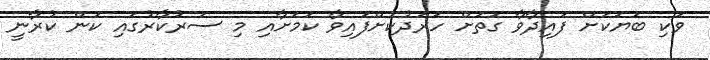
ވަކި ބަޔަކަށް ފައިދާވާ ގޮތަށް ހަރަދުކޮށްފައިވާ ކަމަށާއި މި ސަރުކާރުގައި ކަން ކުރާނީ